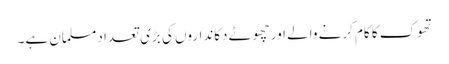
تھوک کا کام کرنے والے اور چھوٹے دکانداروں کی بڑی تعداد مسلمان ہے۔